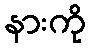
နားကို